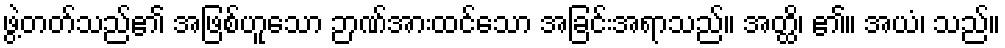
ဖွဲ့တတ်သည်၏ အဖြစ်ဟူသော ဉာဏ်အားထင်သော အခြင်းအရာသည်။ အတ္ထိ၊ ၏။ အယံ၊ သည်။